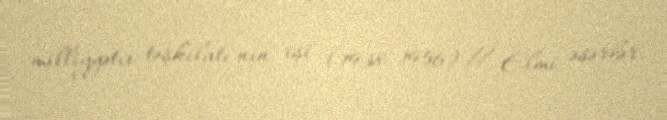
milliyyətçi təşkilatı"nın işi (1938–1956) // Elmi əsərlər.